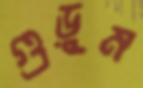
গুড়ুম